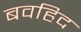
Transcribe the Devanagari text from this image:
बवहिद